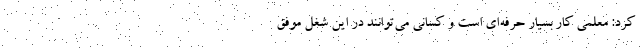
کرد: معلمی کار بسیار حرفه‌ای است و کسانی می‌توانند در این شغل موفق